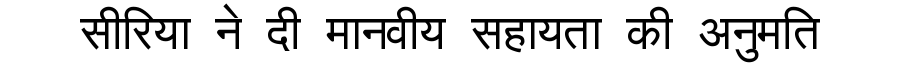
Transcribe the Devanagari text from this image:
सीरिया ने दी मानवीय सहायता की अनुमति